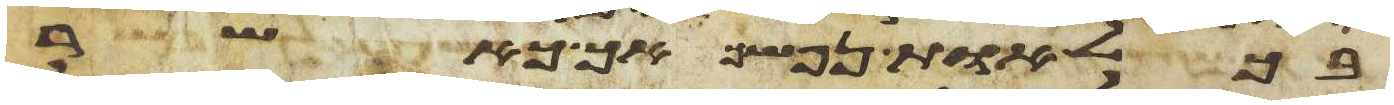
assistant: בכל אות נפשך אך כאשר